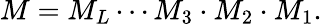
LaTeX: M=M_{L}\cdots M_{3}\cdot M_{2}\cdot M_{1}.